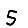
Digit: 5